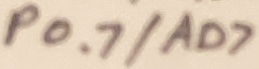
Text: P0.7/AD7